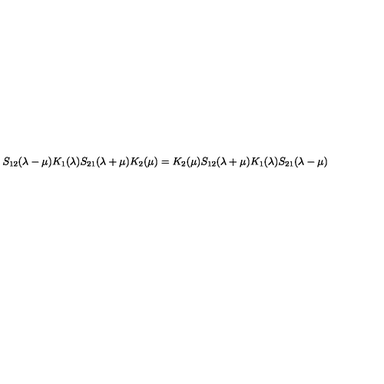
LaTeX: S _ { 1 2 } ( \lambda - \mu ) K _ { 1 } ( \lambda ) S _ { 2 1 } ( \lambda + \mu ) K _ { 2 } ( \mu ) = K _ { 2 } ( \mu ) S _ { 1 2 } ( \lambda + \mu ) K _ { 1 } ( \lambda ) S _ { 2 1 } ( \lambda - \mu )